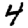
Digit: 4